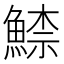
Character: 𩹟